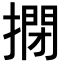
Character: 𢲾